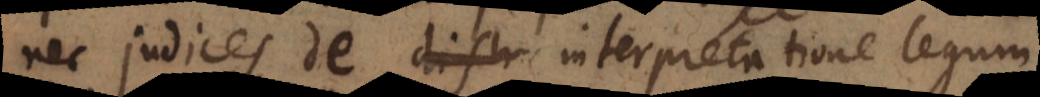
nec judices de distr interpretatione legum